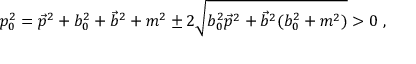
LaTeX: p _ { 0 } ^ { 2 } = \vec { p } ^ { 2 } + b _ { 0 } ^ { 2 } + \vec { b } ^ { 2 } + m ^ { 2 } \pm 2 \sqrt { b _ { 0 } ^ { 2 } \vec { p } ^ { 2 } + \vec { b } ^ { 2 } ( b _ { 0 } ^ { 2 } + m ^ { 2 } ) } > 0 \ ,